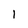
Character: 1